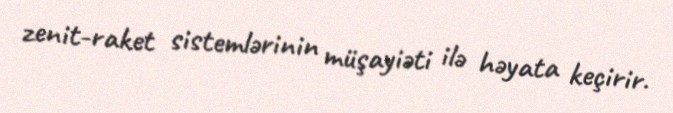
zenit-raket sistemlərinin müşayiəti ilə həyata keçirir.